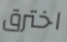
اخترق